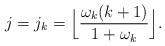
LaTeX: \begin{align*}j = j_k = \Big\lfloor \frac{\omega_k (k+1)}{1+\omega_k} \Big\rfloor.\end{align*}